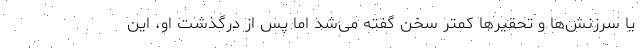
یا سرزنش‌ها و تحقیرها کمتر سخن گفته می‌شد اما پس از درگذشت او، این